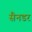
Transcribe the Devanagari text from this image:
सैनडर